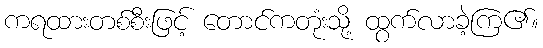
ကရထားတစ်စီးဖြင့် တောင်ကတုံးသို့ ထွက်လာခဲ့ကြ၏။